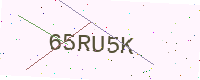
Text: 65RU5K